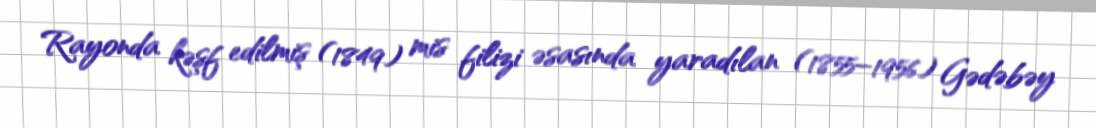
Rayonda kəşf edilmiş (1849) mis filizi əsasında yaradılan (1855–1956) Gədəbəy